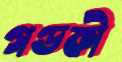
গণ্ডকী